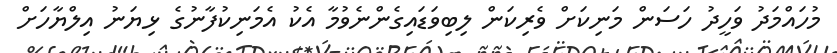
މުހައްމަދު ވަހީދު ހަސަން މަނިކަށް ވެރިކަން ލިބިވަޑައިގެންނެވުމާ އެކު އެމަނިކުފާނުގެ ޅިޔަނު އިލްޔާހަށް